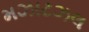
મઝાટઝલ